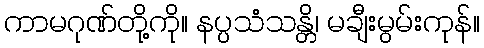
ကာမဂုဏ်တို့ကို။ နပ္ပသံသန္တိ၊ မချီးမွမ်းကုန်။